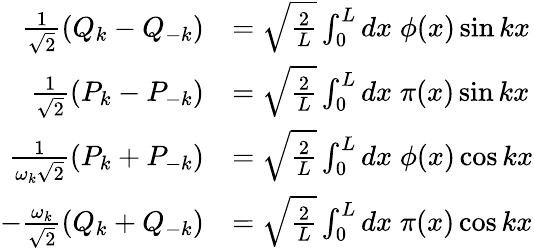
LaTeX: \begin{array}{rl}{\frac{1}{\sqrt{2}}(Q_{k}-Q_{-k})}&{=\sqrt{\frac{2}{L}}\int_{0}^{L}dx\; \phi(x)\sin kx}\\ {\frac{1}{\sqrt{2}}(P_{k}-P_{-k})}&{=\sqrt{\frac{2}{L}}\int_{0}^{L}dx\; \pi(x)\sin kx}\\ {\frac{1}{\omega_{k}\sqrt{2}}(P_{k}+P_{-k})}&{=\sqrt{\frac{2}{L}}\int_{0}^{L}dx\; \phi(x)\cos kx}\\ {-\frac{\omega_{k}}{\sqrt{2}}(Q_{k}+Q_{-k})}&{=\sqrt{\frac{2}{L}}\int_{0}^{L}dx\; \pi(x)\cos kx}\end{array}